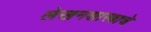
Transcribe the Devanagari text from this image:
लेखनशास्त्राचे